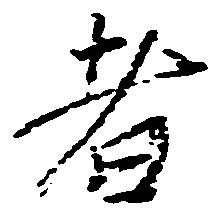
者